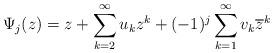
LaTeX: \begin{align*}\Psi_j(z)=z+\sum\limits_{k=2}^\infty u_{k}{z^k}+(-1)^{j}\sum\limits_{k=1}^\infty v_{k}{\overline{z}^k}\end{align*}